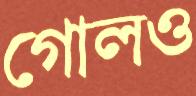
গোলও